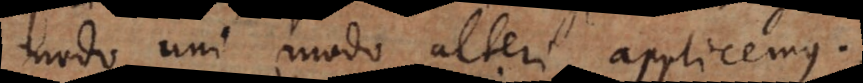
modo uni modo alteri applicemus.